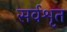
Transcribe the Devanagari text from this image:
सर्वशृत